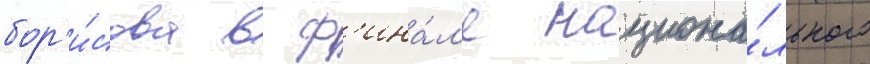
бор'и́сова в ф'ина́л'е национа́льного